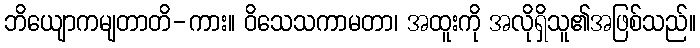
ဘိယျောကမျတာတိ-ကား။ ဝိသေသကာမတာ၊ အထူးကို အလိုရှိသူ၏အဖြစ်သည်။